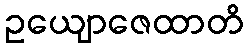
ဥယျောဇေထာတိ